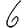
Digit: 6